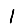
Digit: 1